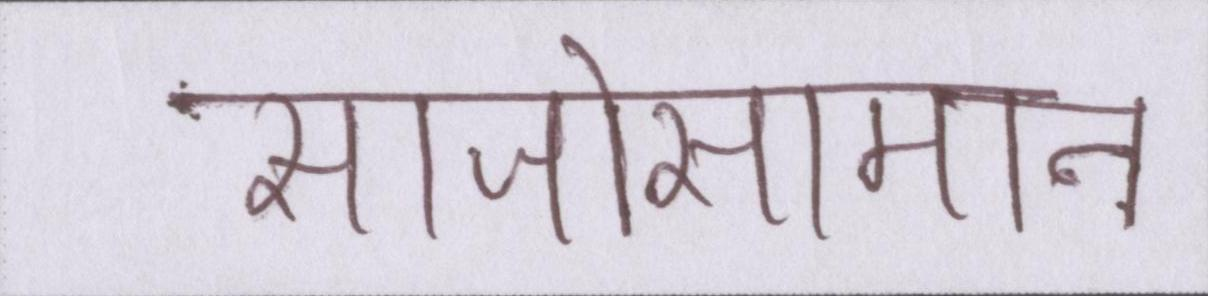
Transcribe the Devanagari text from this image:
साजोसामान